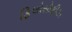
ફિલોસોફીઝ